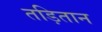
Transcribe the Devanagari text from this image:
तड़ितान